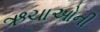
ઋચાઓની